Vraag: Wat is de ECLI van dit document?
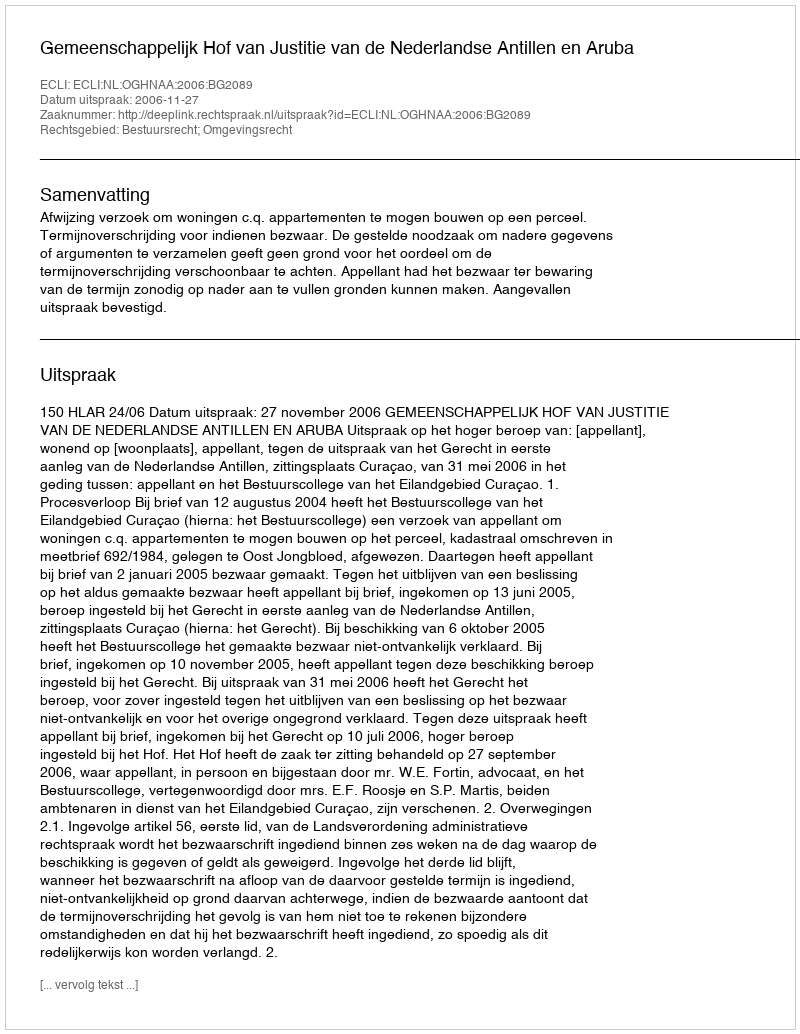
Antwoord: ECLI:NL:OGHNAA:2006:BG2089